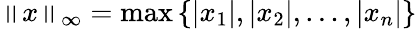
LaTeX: \left\| x\right\| _{\infty}=\operatorname*{max}\left\{ |x_{1}|,|x_{2}|,\dotsc,|x_{n}|\right\}